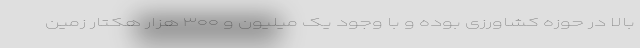
بالا در حوزه کشاورزی بوده و با وجود یک میلیون و ۳۰۰ هزار هکتار زمین